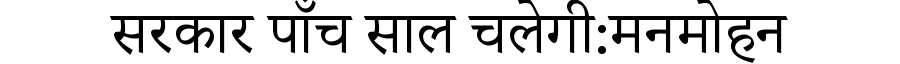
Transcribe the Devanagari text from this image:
सरकार पाँच साल चलेगी:मनमोहन